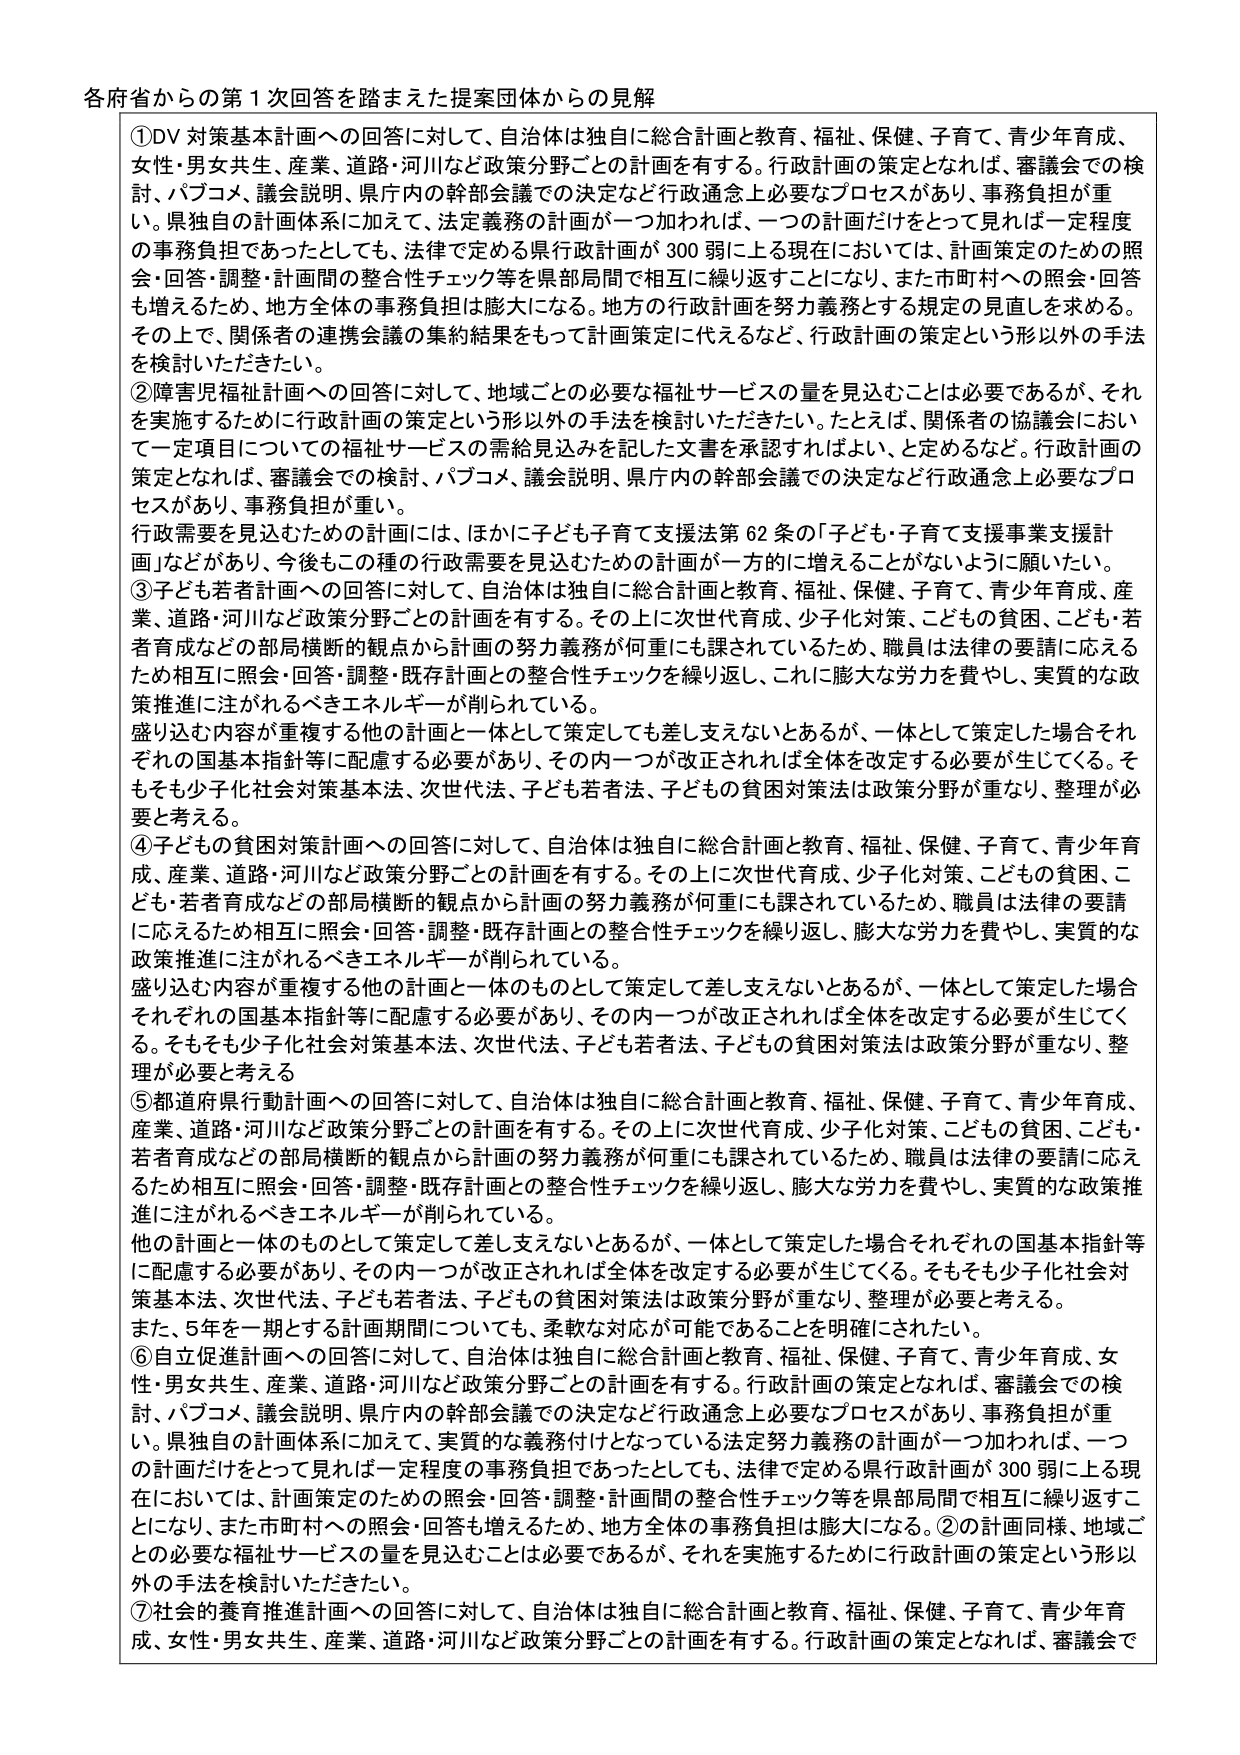
各府省からの第1次回答を踏まえた提案団体からの見解

①DV対策基本計画への回答に対して、自治体は独自に総合計画と教育、福祉、保健、子育て、青少年育成、女性・男女共生、産業、道路・河川など政策分野ごとの計画を有する。行政計画の策定となれば、審議会での検討、パブコメ、議会説明、県庁内の幹部会議での決定など行政通念上必要なプロセスがあり、事務負担が重い。県独自の計画体系に加えて、法定義務の県行政計画が300弱に上る現在においては、計画策定のための照会・回答・調整・計画間の整合性チェック等を県部局間で相互に繰り返すことになり、また市町村への照会・回答も増えるため、地方全体の事務負担は膨大になる。地方の行政計画を努力義務とする規定の見直しを求める。その上で、関係者の連携会議の集約結果をもって計画策定に代えるなど、行政計画の策定という形以外の手法を検討いただきたい。

②障害児福祉計画への回答に対して、地域ごとの必要な福祉サービスの量を見込むことは必要であるが、それを実施するために行政計画の策定という形以外の手法を検討いただきたい。たとえば、関係者の協議会において一定項目についての福祉サービスの需給見込みを記した文書を承認すればよい、と定めるなど。行政計画の策定となれば、審議会での検討、パブコメ、議会説明、県庁内の幹部会議での決定など行政通念上必要なプロセスがあり、事務負担が重い。

行政需要を見込むための計画には、ほかに子ども子育て支援法第62条の「子ども・子育て支援事業支援計画」などがあり、今後もこの種の行政需要を見込むための計画が一方的に増えることがないように願いたい。

③子ども若者計画への回答に対して、自治体は独自に総合計画と教育、福祉、保健、子育て、青少年育成、産業、道路・河川など政策分野ごとの計画を有する。その上に次世代育成、少子化対策、こどもの貧困、こども・若者育成などの部局横断的観点から計画の努力義務が何重にも課されているため、職員は法律の要請に応えるため相互に照会・回答・調整・既存計画との整合性チェックを繰り返し、これに膨大な労力を費やし、実質的な政策推進に注がれるべきエネルギーが削られている。

盛り込む内容が重複する他の計画と一体として策定しても差し支えないところがあるが、一体として策定した場合それぞれの国基本指針等に配慮する必要があり、その内一つが改正されれば全体を改定する必要が生じてくる。そもそも少子化社会対策基本法、次世代法、子ども若者法、子どもの貧困対策法は政策分野が重なり、整理が必要と考える。

④子どもの貧困対策計画への回答に対して、自治体は独自に総合計画と教育、福祉、保健、子育て、青少年育成、産業、道路・河川など政策分野ごとの計画を有する。その上に次世代育成、少子化対策、こどもの貧困、こども・若者育成などの部局横断的観点から計画の努力義務が何重にも課されているため、職員は法律の要請に応えるため相互に照会・回答・調整・既存計画との整合性チェックを繰り返し、膨大な労力を費やし、実質的な政策推進に注がれるべきエネルギーが削られている。

盛り込む内容が重複する他の計画と一体のものとして策定して差し支えないところがあるが、一体として策定した場合それぞれの国基本指針等に配慮する必要があり、その内一つが改正されれば全体を改定する必要が生じてくる。そもそも少子化社会対策基本法、次世代法、子ども若者法、子どもの貧困対策法は政策分野が重なり、整理が必要と考える。

⑤都道府県行動計画への回答に対して、自治体は独自に総合計画と教育、福祉、保健、子育て、青少年育成、産業、道路・河川など政策分野ごとの計画を有する。その上に次世代育成、少子化対策、こどもの貧困、こども・若者育成などの部局横断的観点から計画の努力義務が何重にも課されているため、職員は法律の要請に応えるため相互に照会・回答・調整・既存計画との整合性チェックを繰り返し、膨大な労力を費やし、実質的な政策推進に注がれるべきエネルギーが削られている。

他の計画と一体のものとして策定して差し支えないところがあるが、一体として策定した場合それぞれの国基本指針等に配慮する必要があり、その内一つが改正されれば全体を改定する必要が生じてくる。そもそも少子化社会対策基本法、次世代法、子ども若者法、子どもの貧困対策法は政策分野が重なり、整理が必要と考える。

また、5年を一期とする計画期間についても、柔軟な対応が可能であることを明確にされたい。

⑥自立促進計画への回答に対して、自治体は独自に総合計画と教育、福祉、保健、子育て、青少年育成、女性・男女共生、産業、道路・河川など政策分野ごとの計画を有する。行政計画の策定となれば、審議会での検討、パブコメ、議会説明、県庁内の幹部会議での決定など行政通念上必要なプロセスがあり、事務負担が重い。県独自の計画体系に加えて、実質的な義務付けとなっている法定努力義務の計画が一つ加われば、一つの計画だけをとって見れば一定程度の事務負担であったとしても、法律で定める県行政計画が300弱に上る現在においては、計画策定のための照会・回答・調整・計画間の整合性チェック等を県部局間で相互に繰り返すことになり、また市町村への照会・回答も増えるため、地方全体の事務負担は膨大になる。②の計画同様、地域ごとの必要な福祉サービスの量を見込むことは必要であるが、それを実施するために行政計画の策定という形以外の手法を検討いただきたい。

⑦社会的養育推進計画への回答に対して、自治体は独自に総合計画と教育、福祉、保健、子育て、青少年育成、女性・男女共生、産業、道路・河川など政策分野ごとの計画を有する。行政計画の策定となれば、審議会で